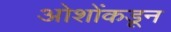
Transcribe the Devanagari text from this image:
ओशोंकडून